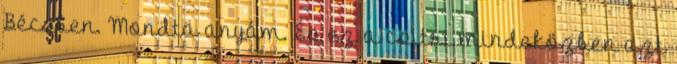
Bécsben. Mondta anyám. És ez a csitri mindeközben azt